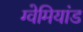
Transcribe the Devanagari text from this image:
ग्वेमियांड